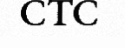
CTC